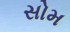
સોમ